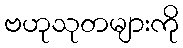
ဗဟုသုတများကို